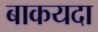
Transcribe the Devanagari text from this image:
बाकयदा